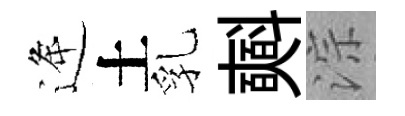
逄土乳𣂏淙